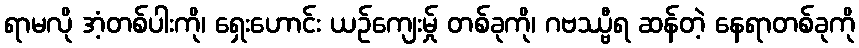
ရာမလို အံ့တစ်ပါးကို၊ ရှေးဟောင်း ယဉ်ကျေးမ်ှု တစ်ခုကို၊ ဂဗဿ္ဗီရ ဆန်တဲ့ နေရာတစ်ခုကို